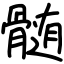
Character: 髄